Civil Veterinary Dept. Bombay admin report 1893-99 - 1893-1899
Year: 1893
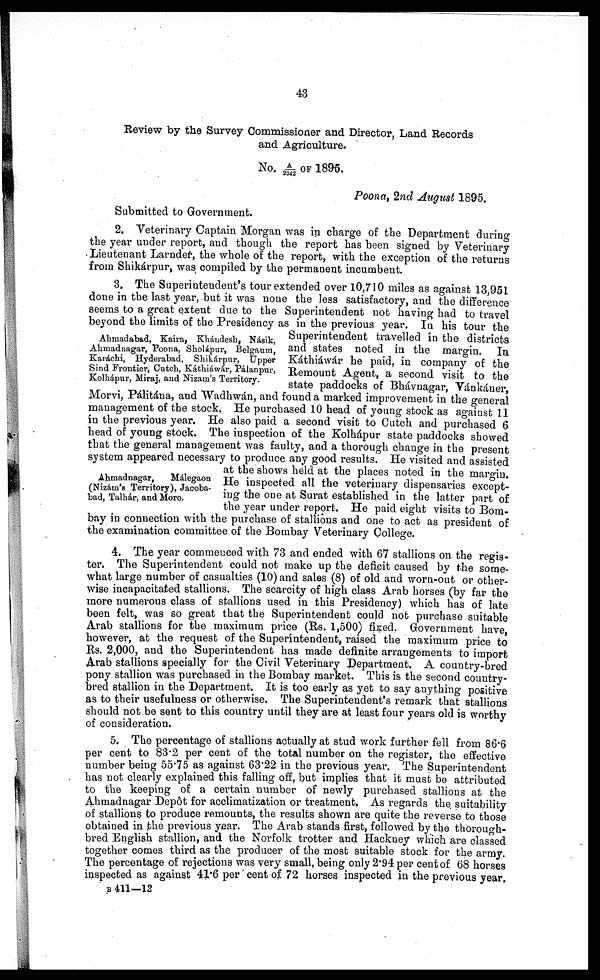
43
Review by the Survey Commissioner and Director, Land Records
and Agriculture.
No. A/2342 OF 1895.
Poona, 2nd August 1895.
Submitted to Government.
2. Veterinary Captain Morgan was in charge of the Department during
the year under report, and though the report has been signed by Veterinary
Lieutenant Larnder, the whole of the report, with the exception of the returns
from Shikarpur, was compiled by the permanent incumbent.
Ahmadabad, Kaira, Khandesh, Nasik,
Ahmadnagar, Poona, Sholapur, Belgaum,
Karachi, Hyderabad, Shikarpur, Upper
Sind Frontier, Cutch, Káthiawar, Pálanpur,
Kolhápur, Miraj, and Nizam's Territory.
Ahmadnagar,
Malegaon
(Nizáim's Territory), Jacoba-
bad, Talhár, and Moro.
3. The Superintendent's tour extended over 10,710 miles as against 13,951
done in the last year, but it was none the less satisfactory, and the difference
seems to a great extent due to the Superintendent not having had to travel
beyond the limits of the Presidency as in the previous year. In his tour the
Superintendent travelled in the districts
and states noted in the margin. In
Kathiawar he paid, in company of the
Remount Agent, a second visit to the
state paddocks of Bhavnagar, Vankaner,
Morvi, Palitana, and Wadhwan, and found a marked improvement in the general
management of the stock. He purchased 10 head of young stock as against 11
in the previous year. He also paid a second visit to Cutch and purchased 6
head of young stock. The inspection of the Kolhapur state paddocks showed
that the general management was faulty, and a thorough change in the present
system appeared necessary to produce any good results. He visited and assisted
at the shows held at the places noted in the margin.
He inspected all the veterinary dispensaries except-
ing the one at Surat established in the latter part of
the year under report. He paid eight visits to Bom-
bay in connection with the purchase of stallions and one to act as president of
the examination committee of the Bombay Veterinary College.
4. The year commenced with 73 and ended with 67 stallions on the regis-
ter. The Superintendent could not make up the deficit caused by the some-
what large number of casualties (10) and sales (8) of old and worn-out or other-
wise incapacitated stallions. The scarcity of high class Arab horses (by far the
more numerous class of stallions used in this Presidency) which has of late
been felt, was so great that the Superintendent could not purchase suitable
Arab stallions for the maximum price (Rs. 1,500) fixed. Government have
however, at the request of the Superintendent, raised the maximum price to
Rs. 2,000, and the Superintendent has made definite arrangements to import
Arab stallions specially for the Civil Veterinary Department. A country-bred
pony stallion was purchased in the Bombay market. This is the second country-
bred stallion in the Department. It is too early as yet to say anything positive
as to their usefulness or otherwise. The Superintendent's remark that stallions
should not be sent to this country until they are at least four years old is worthy
of consideration.
5. The percentage of stallions actually at stud work further fell from 86.6
per cent to 83.2 per cent of the total number on the register, the effective
number being 55.75 as against 63.22 in the previous year. The Superintendent
has not clearly explained this falling off, but implies that it must be attributed
to the keeping of a certain number of newly purchased stallions at the
Ahmadnagar Depôt for acclimatization or treatment. As regards the suitability
of stallions to produce remounts, the results shown are quite the reverse to those
obtained in the previous year. The Arab stands first, followed by the thorough-
bred English stallion, and the Norfolk trotter and Hackney which are classed
together comes third as the producer of the most suitable stock for the army.
The percentage of rejections was very small, being only 2.94 per cent of 68 horses
inspected as against 41.6 per cent of 72 horses inspected in the previous year.
B 411—12